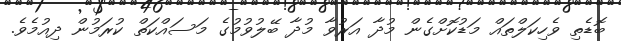
ބޮޑެތި ވެހިކަލްތައް މަޑުކޮށްގެން މުދާ އަރުވާ މުދާ ބޭލުވުމުގެ މަސައްކަތް ކުރަމުން ދިއުމެވެ.